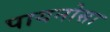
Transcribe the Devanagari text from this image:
पायनोसा